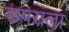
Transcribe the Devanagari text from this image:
छपराला